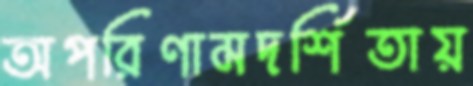
অপরিণামদর্শিতায়